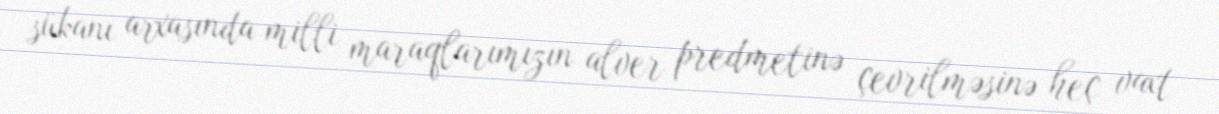
sükanı arxasında milli maraqlarımızın alver predmetinə çevrilməsinə heç vaxt